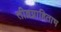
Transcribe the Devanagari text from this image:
तीव्रग्राहिताभ